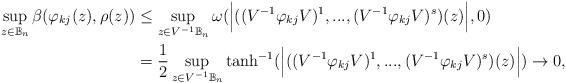
LaTeX: \begin{align*}\sup_{z\in\mathbb{B}_n} \beta(\varphi_{kj} (z),\rho(z))&\leq\sup_{z\in V^{-1}\mathbb{B}_n} \omega(\Big{|}((V^{-1}\varphi_{kj} V)^1,...,(V^{-1}\varphi_{kj} V)^s)(z)\Big{|},0)\\&= \dfrac{1}{2} \sup_{z\in V^{-1}\mathbb{B}_n} \tanh^{-1} (\Big{|}((V^{-1}\varphi_{kj} V)^1,...,(V^{-1}\varphi_{kj} V)^s)(z)\Big{|})\rightarrow 0,\end{align*}